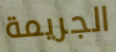
الجريمة